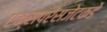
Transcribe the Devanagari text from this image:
एक्सप्रेसजेटकडे